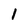
Character: 1